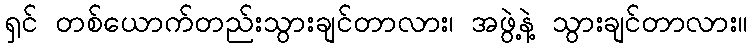
ရှင် တစ်ယောက်တည်းသွားချင်တာလား၊ အဖွဲ့နဲ့ သွားချင်တာလား။